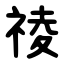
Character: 祾